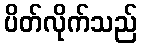
ပိတ်လိုက်သည်